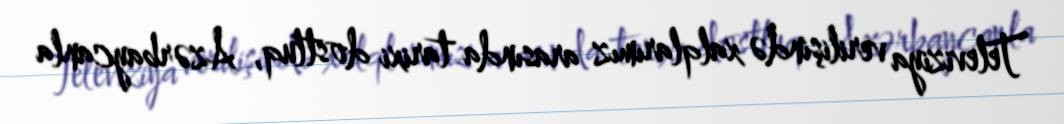
Televiziya verilişində xalqlarımız arasında tarixi dostluq, Azərbaycanla